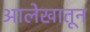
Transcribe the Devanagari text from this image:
आलेखातून